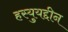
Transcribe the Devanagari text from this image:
हस्युयद्दीन